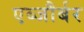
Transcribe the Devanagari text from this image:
एब्जौर्बर